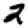
Digit: 2